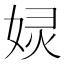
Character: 𱙙